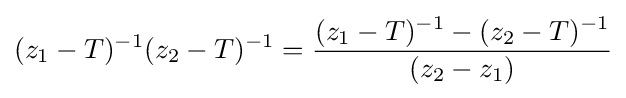
(z_{1}-T)^{-1}(z_{2}-T)^{-1}={\frac {(z_{1}-T)^{-1}-(z_{2}-T)^{-1}}{(z_{2}-z_{1})}}